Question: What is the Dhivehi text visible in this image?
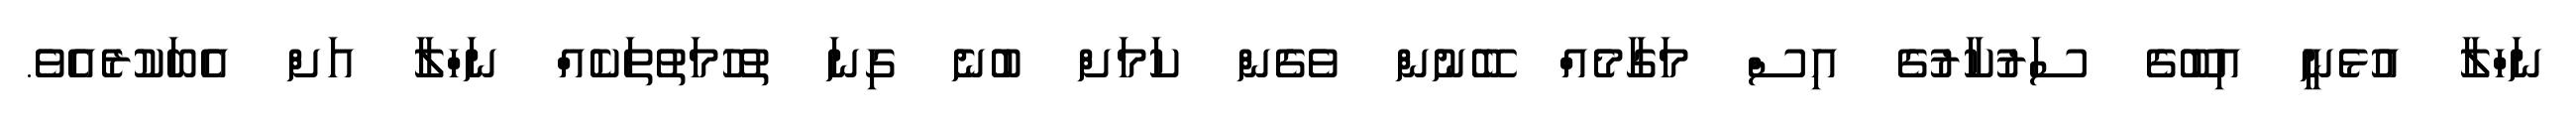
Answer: ނަހްލާ އުޅެނީ އިބޫގެ ސަރުކާރުގެ އިސް މަގާމެއް ބޭނުން ވެގެން ކަމަށް ބުނެ ގިނަ ތުހުމަތުތަކެއް ނަހްލާ އަށް އެބަކުރެއެވެ.